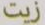
زيت